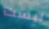
ليست